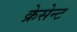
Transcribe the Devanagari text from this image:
क्रेसेन्ट